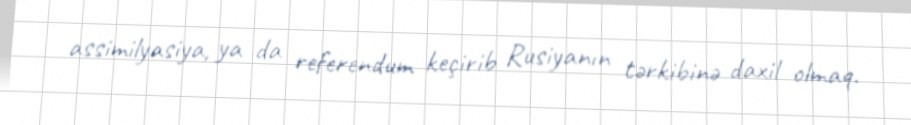
assimilyasiya, ya da referendum keçirib Rusiyanın tərkibinə daxil olmaq.